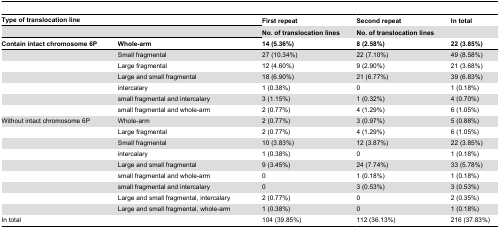
<table><thead><tr><td colspan="2"><b>Type of translocation line</b></td><td><b>First repeat</b></td><td><b>Second repeat</b></td><td><b>In total</b></td></tr><tr><td colspan="2"></td><td><b>No. of translocation lines</b></td><td><b>No. of translocation lines</b></td><td></td></tr><tr><td><b>Contain intact chromosome 6P</b></td><td><b>Whole-arm</b></td><td><b>14 (5.36%)</b></td><td><b>8 (2.58%)</b></td><td><b>22 (3.85%)</b></td></tr></thead><tbody><tr><td></td><td>Small fragmental</td><td>27 (10.34%)</td><td>22 (7.10%)</td><td>49 (8.58%)</td></tr><tr><td></td><td>Large fragmental</td><td>12 (4.60%)</td><td>9 (2.90%)</td><td>21 (3.68%)</td></tr><tr><td></td><td>Large and small fragmental</td><td>18 (6.90%)</td><td>21 (6.77%)</td><td>39 (6.83%)</td></tr><tr><td></td><td>intercalary</td><td>1 (0.38%)</td><td>0</td><td>1 (0.18%)</td></tr><tr><td></td><td>small fragmental and intercalary</td><td>3 (1.15%)</td><td>1 (0.32%)</td><td>4 (0.70%)</td></tr><tr><td></td><td>small fragmental and whole-arm</td><td>2 (0.77%)</td><td>4 (1.29%)</td><td>6 (1.05%)</td></tr><tr><td>Without intact chromosome 6P</td><td>Whole-arm</td><td>2 (0.77%)</td><td>3 (0.97%)</td><td>5 (0.88%)</td></tr><tr><td></td><td>Large fragmental</td><td>2 (0.77%)</td><td>4 (1.29%)</td><td>6 (1.05%)</td></tr><tr><td></td><td>Small fragmental</td><td>10 (3.83%)</td><td>12 (3.87%)</td><td>22 (3.85%)</td></tr><tr><td></td><td>intercalary</td><td>1 (0.38%)</td><td>0</td><td>1 (0.18%)</td></tr><tr><td></td><td>Large and small fragmental</td><td>9 (3.45%)</td><td>24 (7.74%)</td><td>33 (5.78%)</td></tr><tr><td></td><td>small fragmental and whole-arm</td><td>0</td><td>1 (0.18%)</td><td>1 (0.18%)</td></tr><tr><td></td><td>small fragmental and intercalary</td><td>0</td><td>3 (0.53%)</td><td>3 (0.53%)</td></tr><tr><td></td><td>Large and small fragmental, intercalary</td><td>2 (0.77%)</td><td>0</td><td>2 (0.35%)</td></tr><tr><td></td><td>Large and small fragmental, whole-arm</td><td>1 (0.38%)</td><td>0</td><td>1 (0.18%)</td></tr><tr><td colspan="2">In total</td><td>104 (39.85%)</td><td>112 (36.13%)</td><td>216 (37.83%)</td></tr></tbody></table>